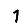
Digit: 1